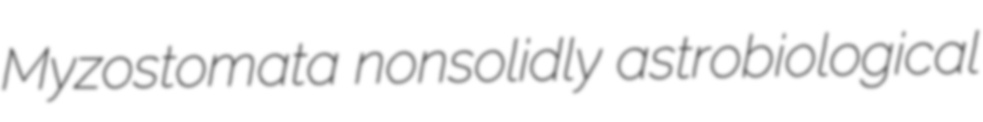
Myzostomata nonsolidly astrobiological